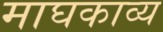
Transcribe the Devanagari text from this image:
माघकाव्य